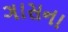
ગાસના